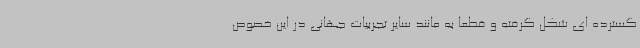
گسترده ای شکل گرفته و قطعا به مانند سایر تجربیات جهانی در این خصوص